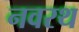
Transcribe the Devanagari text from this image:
नवरथ